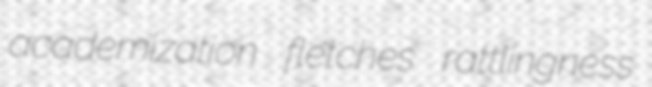
academization fletches rattlingness